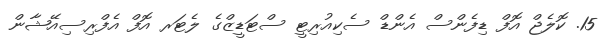
15. ކޮލެޖް އޮފް ޑިފެންސް އެންޑް ސެކިއުރިޓީ ސްޓަޑީޒްގެ ލެޓަރ އޮފް އެފްރިސިއޭޝާން